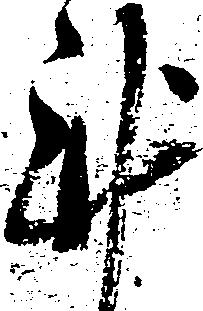
謹